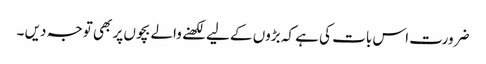
ضرورت اس بات کی ہے کہ بڑوں کے لیے لکھنے والے بچوں پر بھی توجہ دیں ۔